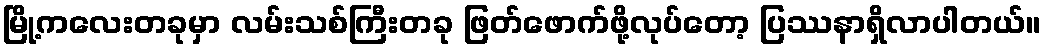
မြို့ကလေးတခုမှာ လမ်းသစ်ကြီးတခု ဖြတ်ဖောက်ဖို့လုပ်တော့ ပြဿနာရှိလာပါတယ်။